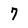
Character: 7